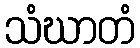
သံဃာတံ